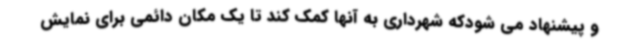
و پیشنهاد می شودکه شهرداری به آنها کمک کند تا یک مکان دائمی برای نمایش